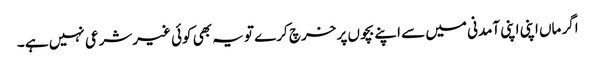
اگر ماں اپنی اپنی آمدنی میں سے اپنے بچوں پر خرچ کرے تو یہ بھی کوئی غیرشرعی نہیں ہے ۔